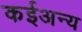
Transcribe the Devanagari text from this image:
कईअन्य